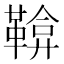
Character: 鞥